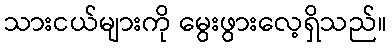
သားငယ်များကို မွေးဖွားလေ့ရှိသည်။